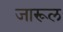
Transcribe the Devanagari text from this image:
जारूल